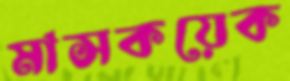
মাসকয়েক